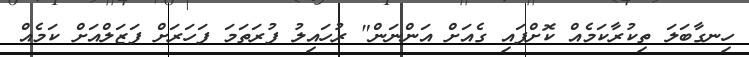
ހިނގާބަލަ ތިކުރާކަމެއް ކޮށްފައި ގެއަށް އަންނަން" ރުހައިލު ފުރަތަމަ ފަހަރަށް ފަޒަލްއަށް ކަމެއް